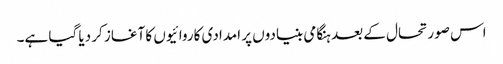
اس صورتحال کے بعد ہنگامی بنیادوں پر امدادی کاروائیوں کا آغاز کر دیا گیا ہے۔